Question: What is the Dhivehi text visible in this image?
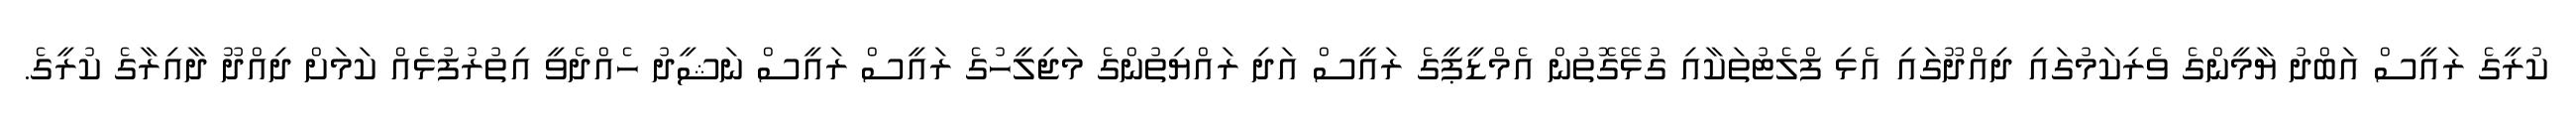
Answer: ކުރީގެ ރައީސް އަބްދު ޔާމީންގެ ވެރިކަމުގައި ދިއްދޫގައި އެޅި ފްލެޓުތަކާއި ގުޅޭގޮތުން އެމްޑީޕީގެ ރައީސް އަދި ރައްޔިތުންގެ މަޖިލީހުގެ ރައީސް ރައީސް ނަޝީދު ހެއްދެވީ އިތުރުފުޅެއް ކަމަށް ދިއްދޫ ދާއިރާގެ ކުރީގެ.